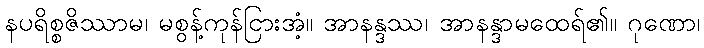
နပရိစ္စဇိဿာမ၊ မစွန့်ကုန်ငြားအံ့။ အာနန္ဒဿ၊ အာနန္ဒာမထေရ်၏။ ဂုဏော၊